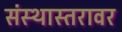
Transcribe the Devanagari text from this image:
संस्थास्तरावर